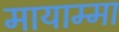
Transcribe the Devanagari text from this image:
मायाम्मा